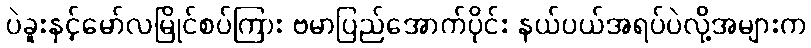
ပဲခူးနှင့်မော်လမြိုင်စပ်ကြား ဗမာပြည်အောက်ပိုင်း နယ်ပယ်အရပ်ပဲလို့အများက